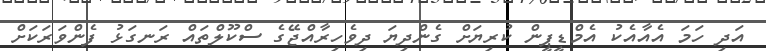
އަދި ހަމަ އެއާއެކު އެމްޑީޕީން ކުރިޔަށް ގެންދިޔަ ދިވެހިރާއްޖޭގެ ސްކޫލްތައް ރަނގަޅު ފެންވަރަކަށް